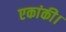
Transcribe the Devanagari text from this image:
एकांकी।